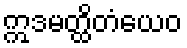
ဣဒမတ္ထိတံယေဝ